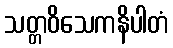
သတ္တဝိသေကနိပါတံ